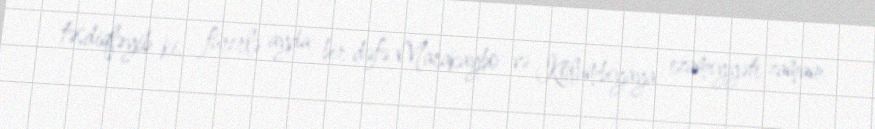
təsdiqləyib ki, fürerlə ayda bir dəfə Marakaybo və Kolumbiyaya ezamiyyəti zamanı